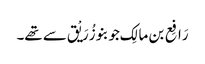
رَافِع بن مالِک جو بنو زُرَیْق سے تھے۔